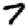
Digit: 7